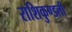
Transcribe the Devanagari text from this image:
राशिकुण्डली